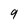
Character: 9